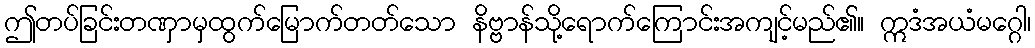
ဤတပ်ခြင်းတဏှာမှထွက်မြောက်တတ်သော နိဗ္ဗာန်သို့ရောက်ကြောင်းအကျင့်မည်၏။ ဣဒံအယံမဂ္ဂေါ၊